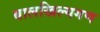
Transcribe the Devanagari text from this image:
बालखिल्यगण